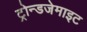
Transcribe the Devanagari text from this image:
ट्रोन्डजेमाइट